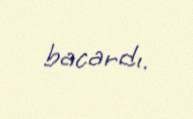
bacardı.